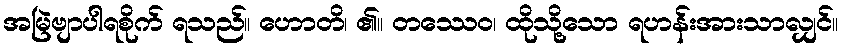
အမြဲဗျာပါရစိုက် ရသည်။ ဟောတိ၊ ၏။ တဿေဝ၊ ထိုသို့သော ရဟန်းအားသာလျှင်။